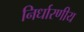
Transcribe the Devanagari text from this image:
निर्धारणीय